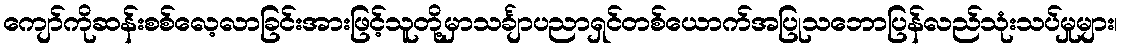
ကျော်ကိုဆန်းစစ်လေ့လာခြင်းအားဖြင့်သူတို့မှာသင်္ချာပညာရှင်တစ်ယောက်အပြုသဘောပြန်လည်သုံးသပ်မှုများ၊